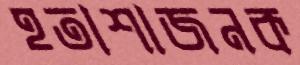
হতাশাজনক